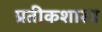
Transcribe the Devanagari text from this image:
प्रतीकशास्त्र